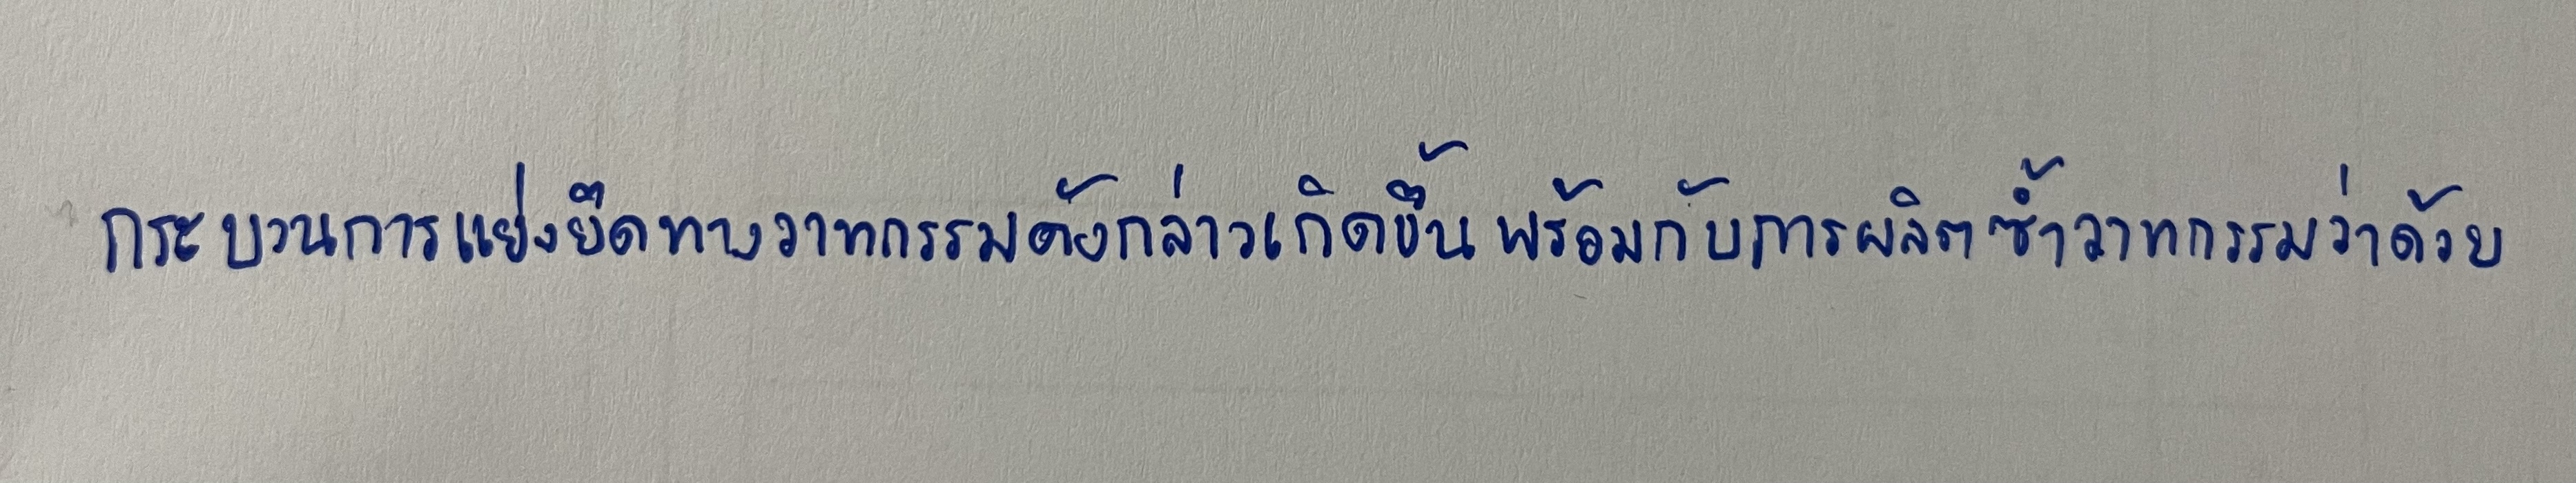
กระบวนการแย่งยึดทางวาทกรรมดังกล่าวเกิดขึ้นพร้อมกับการผลิตซ้ำวาทกรรมว่าด้วย